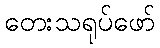
တေးသရုပ်ဖော်